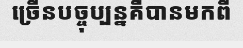
ច្រើនបច្ចុប្បន្នគឺបានមកពី